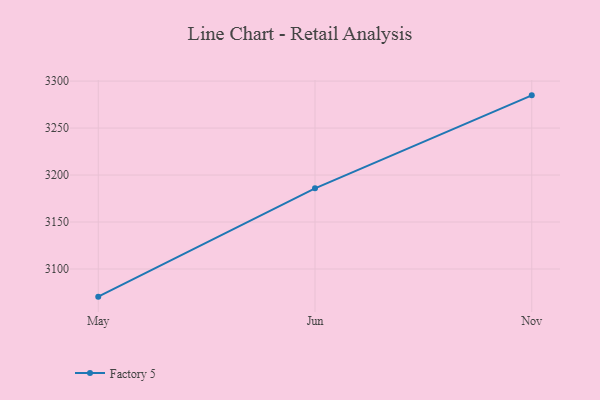
{"axis": {"x": "Month", "y": "Population (Million)"}, "legend": ["Factory 5"], "data": [{"x": "May", "y": 3070.6, "type": "Factory 5"}, {"x": "Jun", "y": 3185.9, "type": "Factory 5"}, {"x": "Nov", "y": 3284.8, "type": "Factory 5"}]}